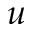
u